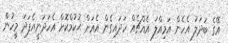
އޭގެ ބަދަލު އެހެން އަމިއްލަ އެއްޗެއްް ހަދައިގެން އެއަށް ޙުކުމްކޮށް އެހަދަނީއެފަދަ މީހުން